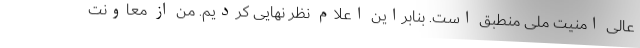
عالی امنیت ملی منطبق است. بنابراین اعلام نظر نهایی کردیم. من از معاونت